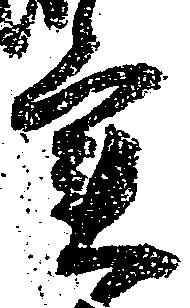
実